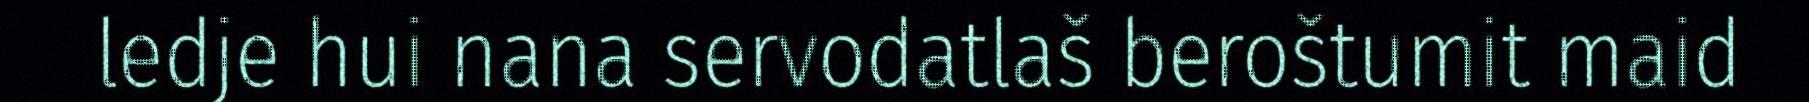
ledje hui nana servodatlaš beroštumit maid